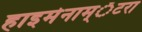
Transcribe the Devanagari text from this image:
हाइमेनाम्‌ॅटरा